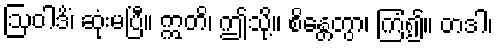
ဩဝါဒိံ၊ ဆုံးမပြီ။ ဣတိ၊ ဤသို့။ စိန္တေတွာ၊ ကြံ၍။ တဒါ၊